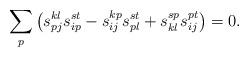
LaTeX: \begin{align*}\sum_{p}\big(s_{pj}^{kl}s_{ip}^{st} - s_{ij}^{kp}s_{pl}^{st} + s_{kl}^{sp}s_{ij}^{pt} \big) = 0.\end{align*}